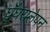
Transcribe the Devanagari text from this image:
घुँघरालेपन